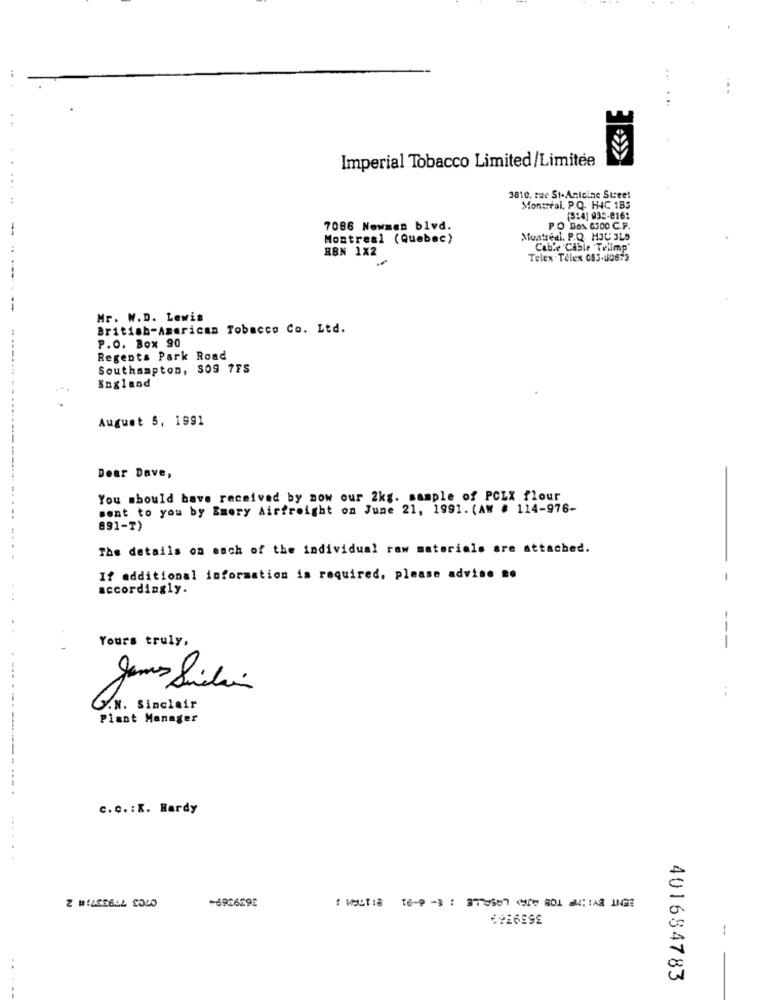
...
Imperial Tobacco Limited/Limitée
3810, rue St.Antoine Street
Montreal, P.Q. H4C 1B5
(514] 935-8162
7086 Newman blvd.
P.O DON 6300 C.P.
Montreal (Quebec)
Muntredl. P.Q. HJC ILS
HBN 1X2
Cab'e 'Cable Telimp'
Telex Telex 053-80873
Mr. W.D. Lewis
British-American Tobacco Co. Ltd.
P.O. Box 90
Regents Park Road
Southampton, $09 7FS
England
August 5, 1991
Dear Dave,
You should have received by now our 2kg. sample of PCLX flour
sent to you by Emery Airfreight on June 21, 1991. (AW # 114-976-
891-T)
The details on each of the individual raw materials are attached.
If additional information is required, please advise se
- -
accordingly.
Yours truly,
---
.
--
Y.N. Sinclair
Plant Manager
c.c. : X. Hardy
......
+6966292
: WELT: 16-9 -3 : 3TOUS67 G/ GOL HAR LIGE
6926899
..
401684783